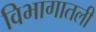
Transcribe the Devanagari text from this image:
विभागातली